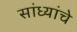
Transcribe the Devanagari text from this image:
सांध्यांचे